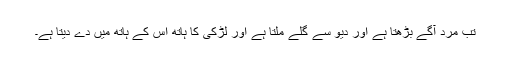
تب مرد آگے بڑھتا ہے اور دیو سے گلے ملتا ہے اور لڑکی کا ہاتھ اس کے ہاتھ میں دے دیتا ہے۔